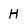
Character: H